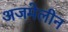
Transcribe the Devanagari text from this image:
अजमेलीन